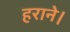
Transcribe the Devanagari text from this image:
हराने।